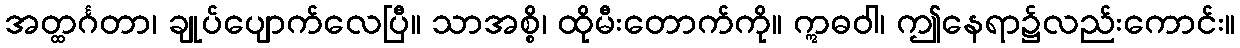
အတ္ထင်္ဂတာ၊ ချုပ်ပျောက်လေပြီ။ သာအစ္စိ၊ ထိုမီးတောက်ကို။ ဣဓဝါ၊ ဤနေရာ၌လည်းကောင်း။